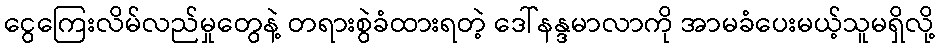
ငွေကြေးလိမ်လည်မှုတွေနဲ့ တရားစွဲခံထားရတဲ့ ဒေါ်နန္ဒမာလာကို အာမခံပေးမယ့်သူမရှိလို့